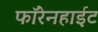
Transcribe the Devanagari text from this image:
फॉरेनहाईट